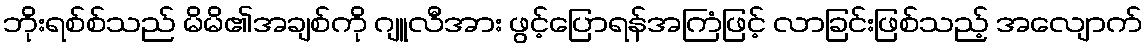
ဘိုးရစ်စ်သည် မိမိ၏အချစ်ကို ဂျူလီအား ဖွင့်ပြောရန်အကြံဖြင့် လာခြင်းဖြစ်သည့် အလျောက်